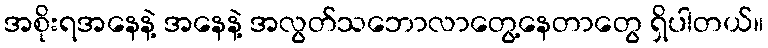
အစိုးရအနေနဲ့ အနေနဲ့ အလွတ်သဘောလာတွေ့နေတာတွေ ရှိပါတယ်။